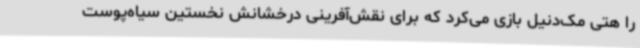
را هتی مک‌دنیل بازی می‌کرد که برای نقش‌آفرینی درخشانش نخستین سیاه‌پوست